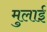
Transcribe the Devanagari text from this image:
मुलाई